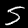
Label: 5